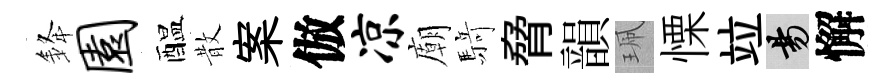
𨦟园醖散案倣凉廟𮪍脅韻珮慄竝昜懈